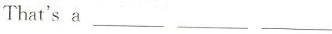
That‘s a___ ___ ___